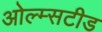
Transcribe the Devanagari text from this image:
ओल्म्सटीड